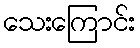
သေးကြောင်း